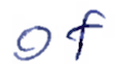
Text: of
Cross-out: clean
Writing tool: ballpoint